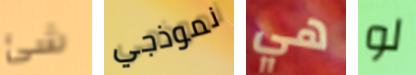
شئ نموذجي هي لو